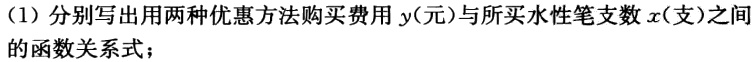
（1）分别写出用两种优惠方法购买费用 \(y\)（元）与所买水性笔支数 \(x\)（支）之间的函数关系式；